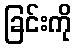
ခြင်းကို